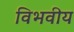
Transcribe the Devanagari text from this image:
विभवीय